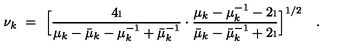
\nu _ { k } \ = \ \Bigl [ \frac { 4 \i } { \mu _ { k } - \bar { \mu } _ { k } - \mu _ { k } ^ { - 1 } + \bar { \mu } _ { k } ^ { - 1 } } \cdot \frac { \mu _ { k } - \mu _ { k } ^ { - 1 } - 2 \i } { \bar { \mu } _ { k } - \bar { \mu } _ { k } ^ { - 1 } + 2 \i } \Bigr ] ^ { 1 / 2 } \quad .